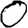
Digit: 0